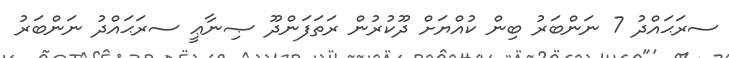
ސރަޙައްދު 7 ނަންބަރު ބިން ކުއްޔަށް ދޫކުރުން ރަތަފަންދޫ ޞިނާޢީ ސރަޙައްދު ނަންބަރު